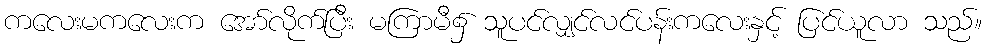
ကလေးမကလေးက အော်လိုက်ပြီး မကြာမီ၌ သူပင်လျှင်လင်ပန်းကလေးနှင့် ပြင်ယူလာ သည်။